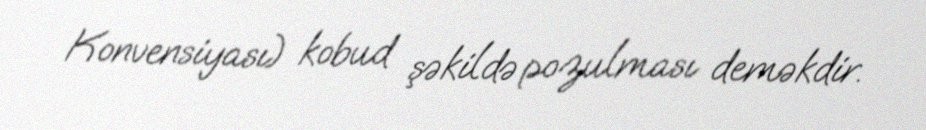
Konvensiyası) kobud şəkildə pozulması deməkdir.